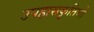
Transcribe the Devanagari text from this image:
उपहासकृतियों